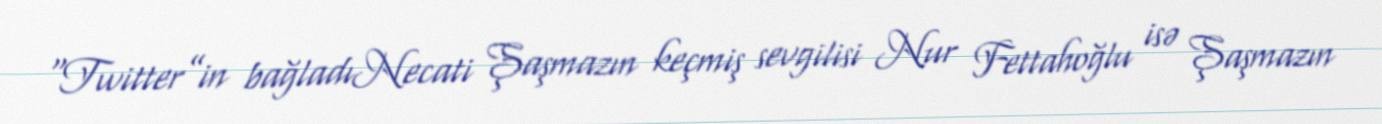
“Twitter”in bağladıNecati Şaşmazın keçmiş sevgilisi Nur Fettahoğlu isə Şaşmazın